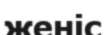
женіс